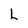
Character: L